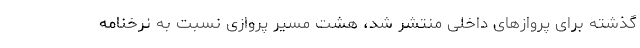
گذشته برای پروازهای داخلی منتشر شد، هشت مسیر پروازی نسبت به نرخنامه